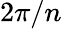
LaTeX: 2\pi/n